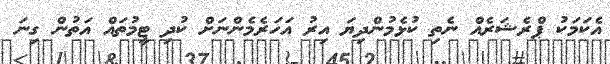
އެކަމަކު ޕްރެޝަރެއް ނެތި ކުޅެމުންދިޔަ އިރު އަހަރެމެންނަށް ކުދި ޓީމުތައް އަތުން ގިނަ